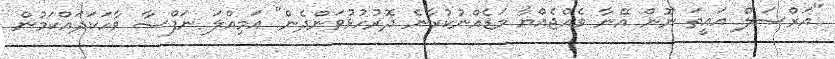
"އަރްސަލް އައީތަ ނޫން އޭނާ ވެއްޖެއްޔާ މަޑެއްނުކުރާނެ ދޮރުހުޅުވަންދެން" އަމިއްލަ ނަފްސާ ވާހަކަދައްކަމުން